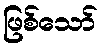
ဖြစ်သော်